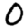
Digit: 0